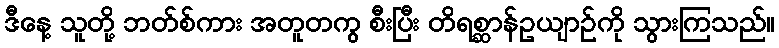
ဒီနေ့ သူတို့ ဘတ်စ်ကား အတူတကွ စီးပြီး တိရစ္ဆာန်ဥယျာဉ်ကို သွားကြသည်။